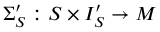
\Sigma _ { S } ^ { \prime } : S \times I _ { S } ^ { \prime } \to M